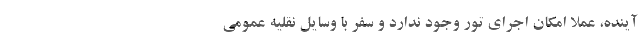
آینده، عملا امکان اجرای تور وجود ندارد و سفر با وسایل نقلیه عمومی